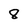
Character: 8